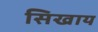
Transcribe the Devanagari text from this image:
सिखाय